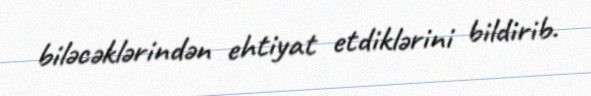
biləcəklərindən ehtiyat etdiklərini bildirib.